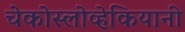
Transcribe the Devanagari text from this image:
चेकोस्लोव्हेकियानी